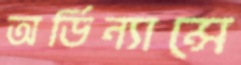
অর্ডিন্যান্সে